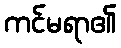
ကင်မရာ၏